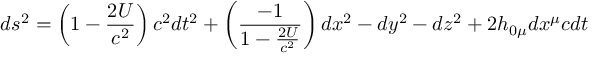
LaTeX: d s ^ { 2 } = \left( 1 - \frac { 2 U } { c ^ { 2 } } \right) c ^ { 2 } d t ^ { 2 } + \left( \frac { - 1 } { 1 - \frac { 2 U } { c ^ { 2 } } } \right) d x ^ { 2 } - d y ^ { 2 } - d z ^ { 2 } + 2 h _ { 0 \mu } d x ^ { \mu } c d t